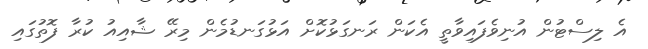
އެ ލިސްޓުން އުނިވެފައިވާތީ އެކަން ރަނގަޅުކޮށް އަޅުގަނޑުމެން މިރޭ ޝާއިއު ކުރާ ފޮތުގައި